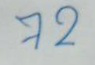
72